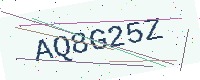
Text: AQ8G25Z